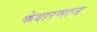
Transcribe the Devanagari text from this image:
केदारमान